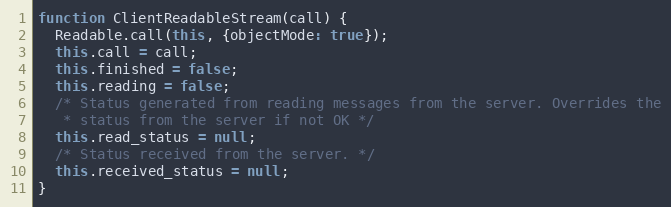
Language: JavaScript
function ClientReadableStream(call) {
  Readable.call(this, {objectMode: true});
  this.call = call;
  this.finished = false;
  this.reading = false;
  /* Status generated from reading messages from the server. Overrides the
   * status from the server if not OK */
  this.read_status = null;
  /* Status received from the server. */
  this.received_status = null;
}